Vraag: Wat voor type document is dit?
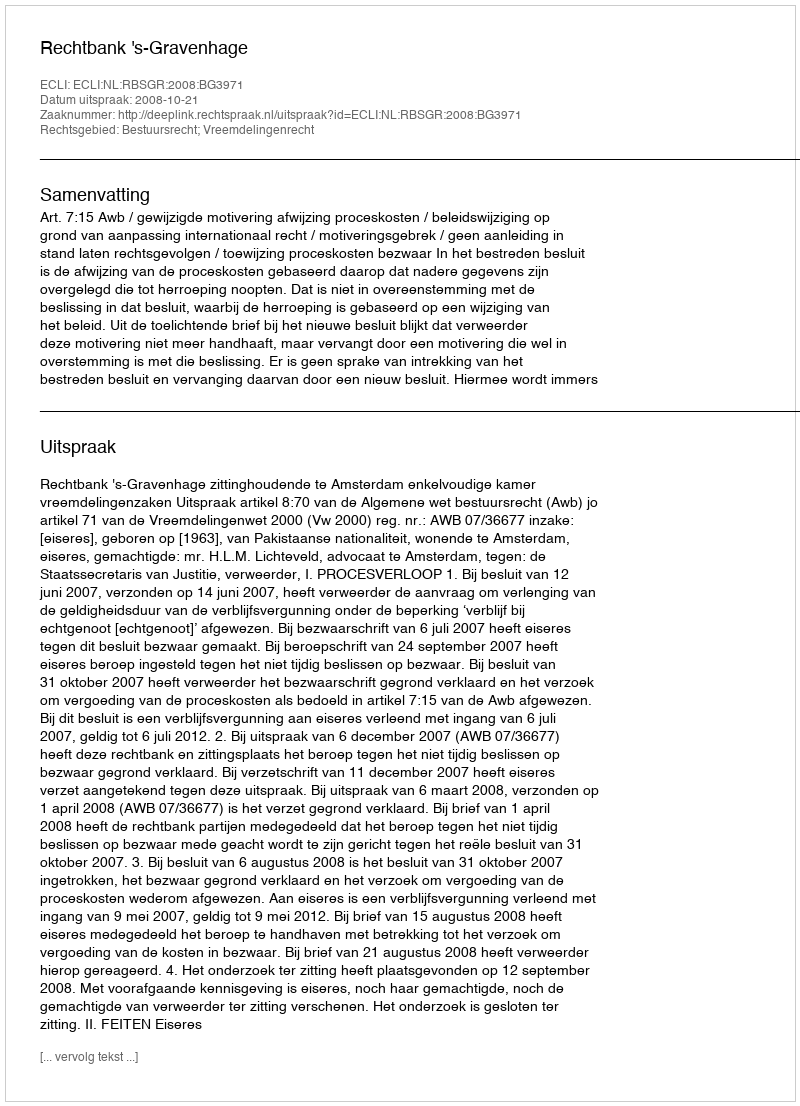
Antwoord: Uitspraak